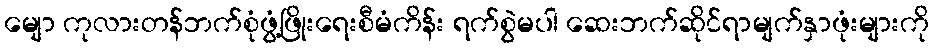
မျော ကုလားတန်ဘက်စုံဖွံ့ဖြိုးရေးစီမံကိန်း ရက်စွဲမပါ ဆေးဘက်ဆိုင်ရာမျက်နှာဖုံးများကို